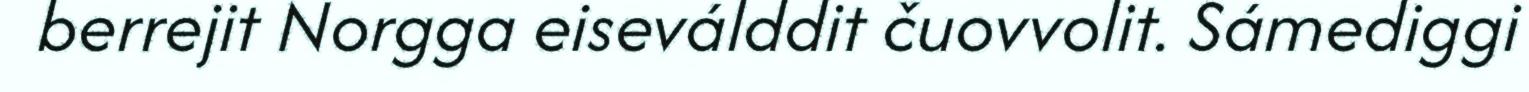
berrejit Norgga eiseválddit čuovvolit. Sámediggi